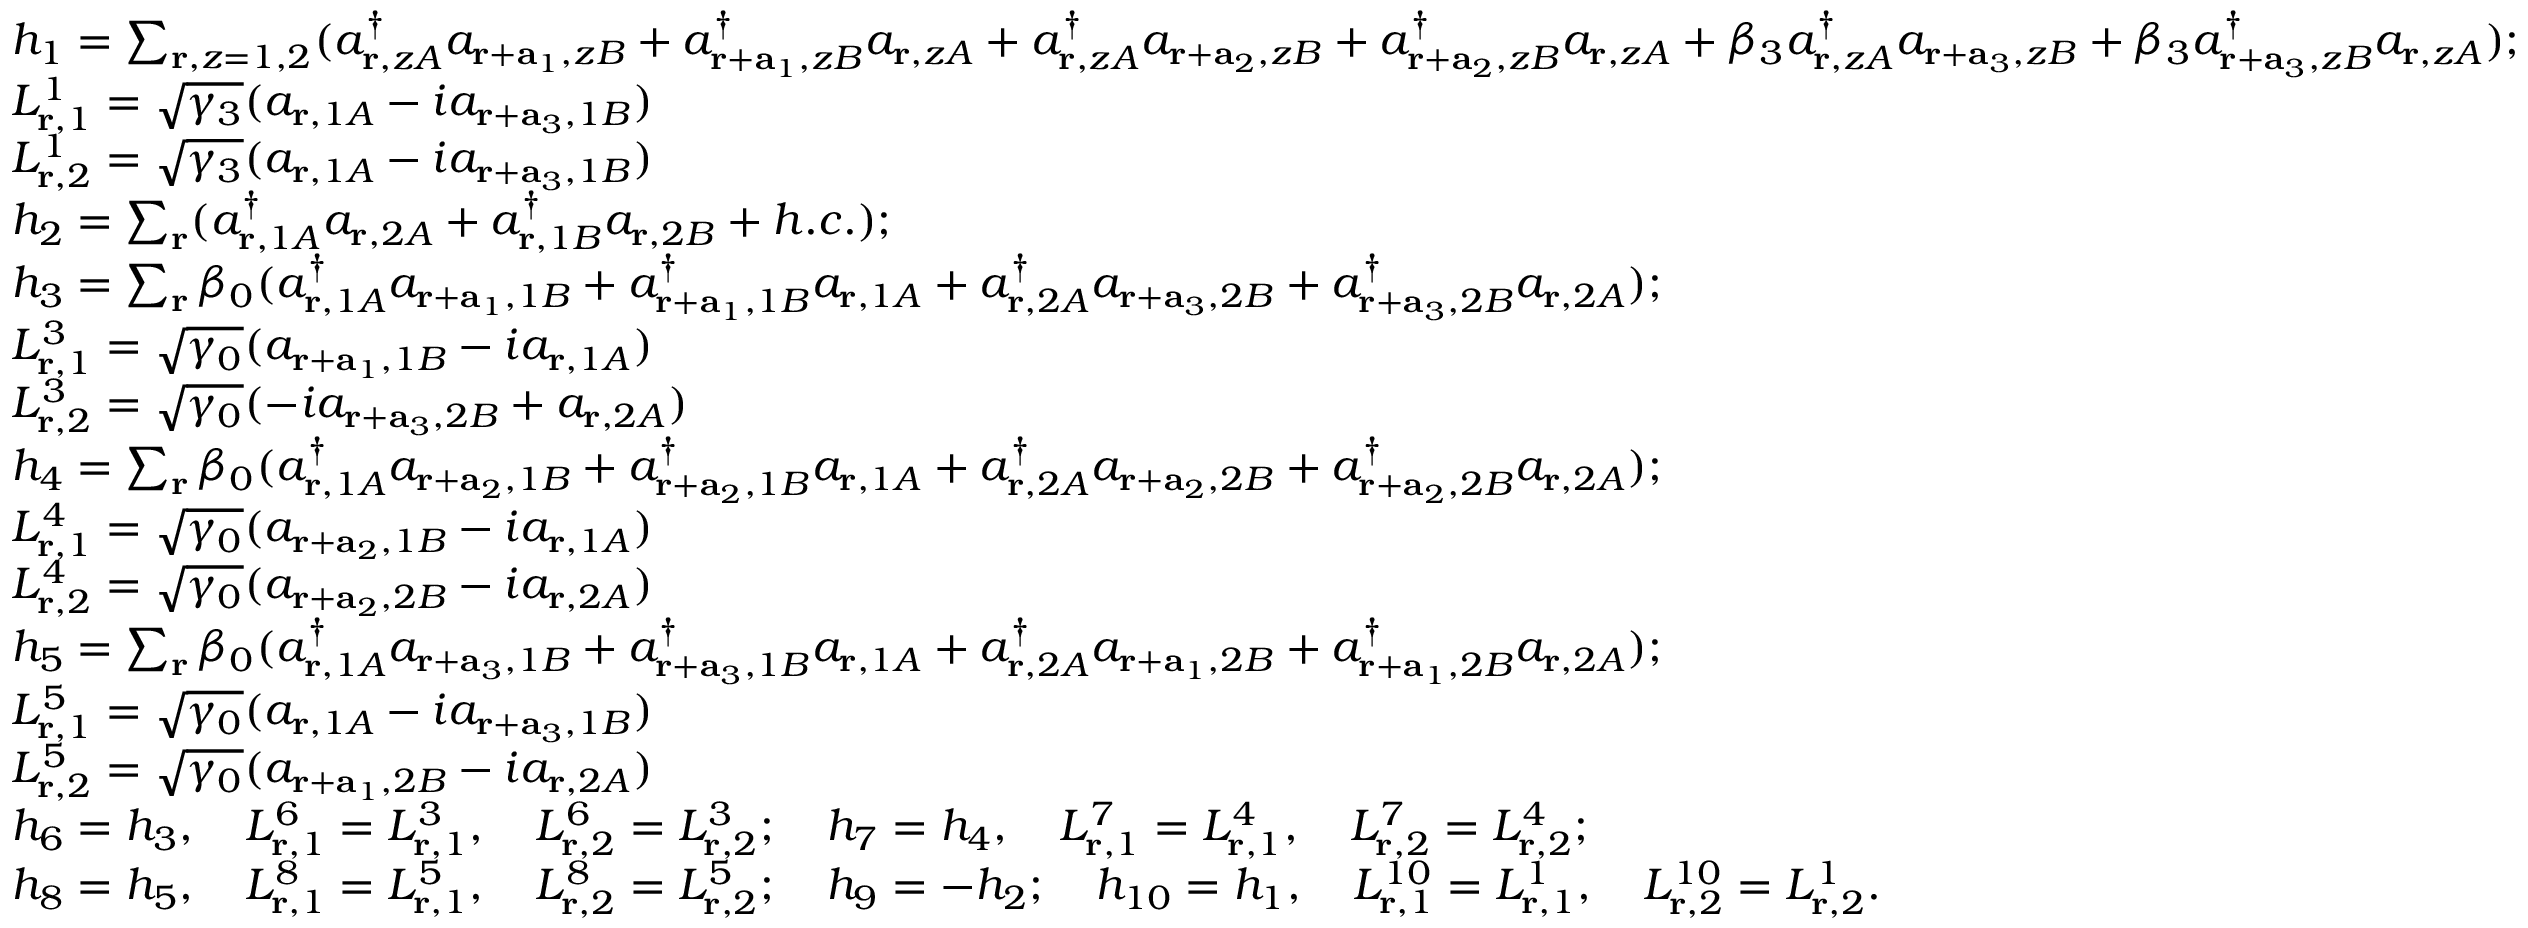
\begin{array} { r l } & { h _ { 1 } = \sum _ { { \bf r } , z = 1 , 2 } ( a _ { { \bf r } , z A } ^ { \dagger } a _ { { \bf r } + { \bf a } _ { 1 } , z B } + a _ { { \bf r } + { \bf a } _ { 1 } , z B } ^ { \dagger } a _ { { \bf r } , z A } + a _ { { \bf r } , z A } ^ { \dagger } a _ { { \bf r } + { \bf a } _ { 2 } , z B } + a _ { { \bf r } + { \bf a } _ { 2 } , z B } ^ { \dagger } a _ { { \bf r } , z A } + \beta _ { 3 } a _ { { \bf r } , z A } ^ { \dagger } a _ { { \bf r } + { \bf a } _ { 3 } , z B } + \beta _ { 3 } a _ { { \bf r } + { \bf a } _ { 3 } , z B } ^ { \dagger } a _ { { \bf r } , z A } ) ; } \\ & { L _ { { \bf r } , 1 } ^ { 1 } = \sqrt { \gamma _ { 3 } } ( a _ { { \bf r } , 1 A } - i a _ { { \bf r } + { \bf a } _ { 3 } , 1 B } ) } \\ & { L _ { { \bf r } , 2 } ^ { 1 } = \sqrt { \gamma _ { 3 } } ( a _ { { \bf r } , 1 A } - i a _ { { \bf r } + { \bf a } _ { 3 } , 1 B } ) } \\ & { h _ { 2 } = \sum _ { \bf r } ( a _ { { \bf r } , 1 A } ^ { \dagger } a _ { { \bf r } , 2 A } + a _ { { \bf r } , 1 B } ^ { \dagger } a _ { { \bf r } , 2 B } + h . c . ) ; } \\ & { h _ { 3 } = \sum _ { \bf r } \beta _ { 0 } ( a _ { { \bf r } , 1 A } ^ { \dagger } a _ { { \bf r } + { \bf a } _ { 1 } , 1 B } + a _ { { \bf r } + { \bf a } _ { 1 } , 1 B } ^ { \dagger } a _ { { \bf r } , 1 A } + a _ { { \bf r } , 2 A } ^ { \dagger } a _ { { \bf r } + { \bf a } _ { 3 } , 2 B } + a _ { { \bf r } + { \bf a } _ { 3 } , 2 B } ^ { \dagger } a _ { { \bf r } , 2 A } ) ; } \\ & { L _ { { \bf r } , 1 } ^ { 3 } = \sqrt { \gamma _ { 0 } } ( a _ { { \bf r } + { \bf a } _ { 1 } , 1 B } - i a _ { { \bf r } , 1 A } ) } \\ & { L _ { { \bf r } , 2 } ^ { 3 } = \sqrt { \gamma _ { 0 } } ( - i a _ { { \bf r } + { \bf a } _ { 3 } , 2 B } + a _ { { \bf r } , 2 A } ) } \\ & { h _ { 4 } = \sum _ { \bf r } \beta _ { 0 } ( a _ { { \bf r } , 1 A } ^ { \dagger } a _ { { \bf r } + { \bf a } _ { 2 } , 1 B } + a _ { { \bf r } + { \bf a } _ { 2 } , 1 B } ^ { \dagger } a _ { { \bf r } , 1 A } + a _ { { \bf r } , 2 A } ^ { \dagger } a _ { { \bf r } + { \bf a } _ { 2 } , 2 B } + a _ { { \bf r } + { \bf a } _ { 2 } , 2 B } ^ { \dagger } a _ { { \bf r } , 2 A } ) ; } \\ & { L _ { { \bf r } , 1 } ^ { 4 } = \sqrt { \gamma _ { 0 } } ( a _ { { \bf r } + { \bf a } _ { 2 } , 1 B } - i a _ { { \bf r } , 1 A } ) } \\ & { L _ { { \bf r } , 2 } ^ { 4 } = \sqrt { \gamma _ { 0 } } ( a _ { { \bf r } + { \bf a } _ { 2 } , 2 B } - i a _ { { \bf r } , 2 A } ) } \\ & { h _ { 5 } = \sum _ { \bf r } \beta _ { 0 } ( a _ { { \bf r } , 1 A } ^ { \dagger } a _ { { \bf r } + { \bf a } _ { 3 } , 1 B } + a _ { { \bf r } + { \bf a } _ { 3 } , 1 B } ^ { \dagger } a _ { { \bf r } , 1 A } + a _ { { \bf r } , 2 A } ^ { \dagger } a _ { { \bf r } + { \bf a } _ { 1 } , 2 B } + a _ { { \bf r } + { \bf a } _ { 1 } , 2 B } ^ { \dagger } a _ { { \bf r } , 2 A } ) ; } \\ & { L _ { { \bf r } , 1 } ^ { 5 } = \sqrt { \gamma _ { 0 } } ( a _ { { \bf r } , 1 A } - i a _ { { \bf r } + { \bf a } _ { 3 } , 1 B } ) } \\ & { L _ { { \bf r } , 2 } ^ { 5 } = \sqrt { \gamma _ { 0 } } ( a _ { { \bf r } + { \bf a } _ { 1 } , 2 B } - i a _ { { \bf r } , 2 A } ) } \\ & { h _ { 6 } = h _ { 3 } , \quad L _ { { \bf r } , 1 } ^ { 6 } = L _ { { \bf r } , 1 } ^ { 3 } , \quad L _ { { \bf r } , 2 } ^ { 6 } = L _ { { \bf r } , 2 } ^ { 3 } ; \quad h _ { 7 } = h _ { 4 } , \quad L _ { { \bf r } , 1 } ^ { 7 } = L _ { { \bf r } , 1 } ^ { 4 } , \quad L _ { { \bf r } , 2 } ^ { 7 } = L _ { { \bf r } , 2 } ^ { 4 } ; } \\ & { h _ { 8 } = h _ { 5 } , \quad L _ { { \bf r } , 1 } ^ { 8 } = L _ { { \bf r } , 1 } ^ { 5 } , \quad L _ { { \bf r } , 2 } ^ { 8 } = L _ { { \bf r } , 2 } ^ { 5 } ; \quad h _ { 9 } = - h _ { 2 } ; \quad h _ { 1 0 } = h _ { 1 } , \quad L _ { { \bf r } , 1 } ^ { 1 0 } = L _ { { \bf r } , 1 } ^ { 1 } , \quad L _ { { \bf r } , 2 } ^ { 1 0 } = L _ { { \bf r } , 2 } ^ { 1 } . } \end{array}